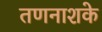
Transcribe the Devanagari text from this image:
तणनाशके